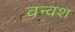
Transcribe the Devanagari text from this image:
वन्वश